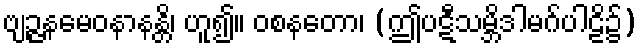
ဗျဉ္ဇနမေဝနာနန္တိ၊ ဟူ၍။ ဝစနတော၊ (ဤပဋီသမ္ဘိဒါမဂ်ပါဠိ၌)